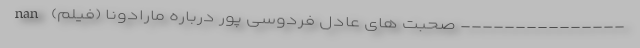
--------------- صحبت های عادل فردوسی پور درباره مارادونا (فیلم) nan